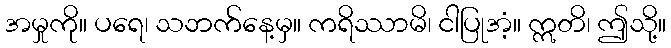
အမှုကို။ ပရေ၊ သဘက်နေ့မှ။ ကရိဿာမိ၊ ငါပြုအံ့။ ဣတိ၊ ဤသို့။